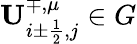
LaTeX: {\mathbf{U}}_{i\pm\frac{1}{2},j}^{\mp,\mu}\in G